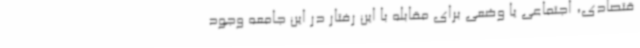
قتصادی، اجتماعی یا وضعی برای مقابله با این رفتار در این جامعه وجود